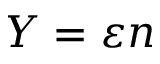
Y = \varepsilon n